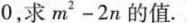
0，求m^{2}-2n的值。